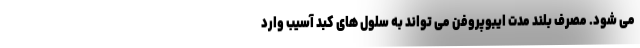
می شود. مصرف بلند مدت ایبوپروفن می تواند به سلول های کبد آسیب وارد